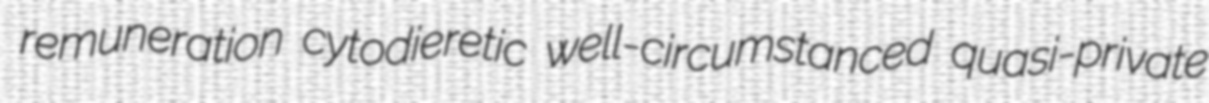
remuneration cytodieretic well-circumstanced quasi-private